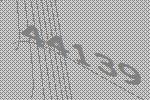
44139